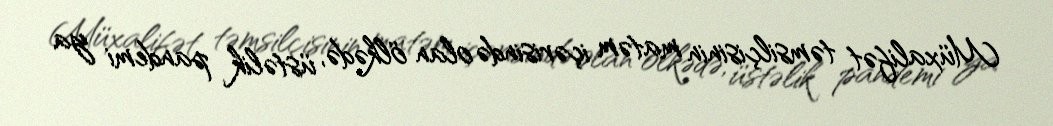
Müxalifət təmsilçisinin matəm içərisində olan ölkədə, üstəlik pandemi ya